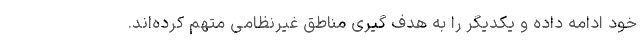
خود ادامه داده و یکدیگر را به هدف گیری مناطق غیرنظامی متهم کرده‌اند.